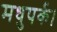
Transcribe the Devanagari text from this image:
मधुपर्क।